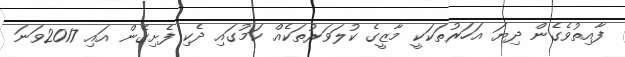
ފާއިތުވެގެން ދިޔަ އަހަރުތަކަކީ މާޒީގެ ކުލަވަރުތަކެއް ކަމުގައި ދެކި ފެށިގެން އައި 2017ވަނަ